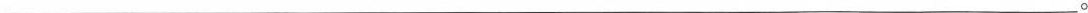
_____________________________________。